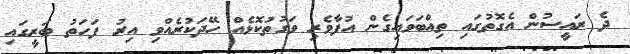
ދެ ރައީސުން އެގޮތުގައި ތިއްބަވައިގެން އުފާވެރި ވަގުތުކޮޅެއް ހޭދަކުރެއްވި އިރު ފަހަތު ބަރީގައި